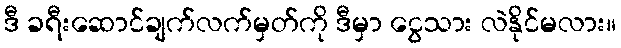
ဒီ ခရီးဆောင်ချက်လက်မှတ်ကို ဒီမှာ ငွေသား လဲနိုင်မလား။